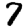
Digit: 7